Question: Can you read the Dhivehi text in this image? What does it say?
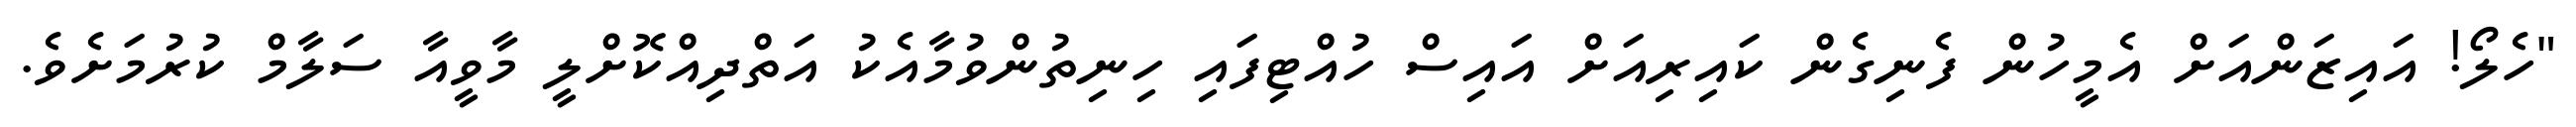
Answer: "ހެލޯ! އައިޒަންއަށް އެމީހުން ފެނިގެން ކައިރިއަށް އައިސް ހުއްޓިފައި ހިނިތުންވުމާއެކު އަތްދިއްކޮށްލީ މާވީއާ ސަލާމް ކުރުމަށެވެ.